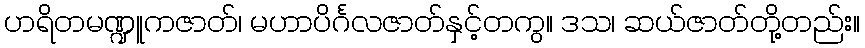
ဟရိတမဏ္ဍူကဇာတ်၊ မဟာပိင်္ဂလဇာတ်နှင့်တကွ။ ဒသ၊ ဆယ်ဇာတ်တို့တည်း။